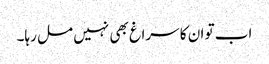
اب تو ان کا سراغ بھی نہیں مل رہا۔